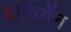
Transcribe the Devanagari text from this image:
कर्कमॅन